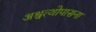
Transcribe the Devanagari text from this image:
अश्वत्थोपासना